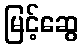
မြင့်ဆွေ